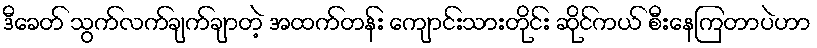
ဒီခေတ် သွက်လက်ချက်ချာတဲ့ အထက်တန်း ကျောင်းသားတိုင်း ဆိုင်ကယ် စီးနေကြတာပဲဟာ